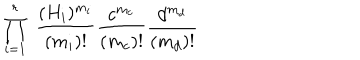
\prod _ { i = 1 } ^ { r } \; \frac { ( H _ { i } ) ^ { m _ { i } } } { ( m _ { i } ) ! } \frac { c ^ { m _ { c } } } { ( m _ { c } ) ! } \frac { d ^ { m _ { d } } } { ( m _ { d } ) ! }